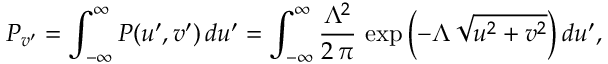
P _ { v ^ { \prime } } = \int _ { - \infty } ^ { \infty } P ( u ^ { \prime } , v ^ { \prime } ) \, d u ^ { \prime } = \int _ { - \infty } ^ { \infty } \frac { \Lambda ^ { 2 } } { 2 \, \pi } \, \exp { \left( - \Lambda \, \sqrt { u ^ { 2 } + v ^ { 2 } } \right) } \, d u ^ { \prime } ,